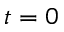
t = 0